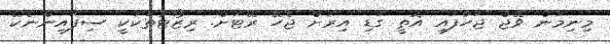
މިނިމަން ވޭޖް ޖަހާފައި އޮތީ ގަޑި އިރަށް ޖެހޭ ރޭޓަށް. ރިޒޯޓުތަކަކީ ސިފައިންނެކޭ